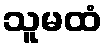
သူမထံ